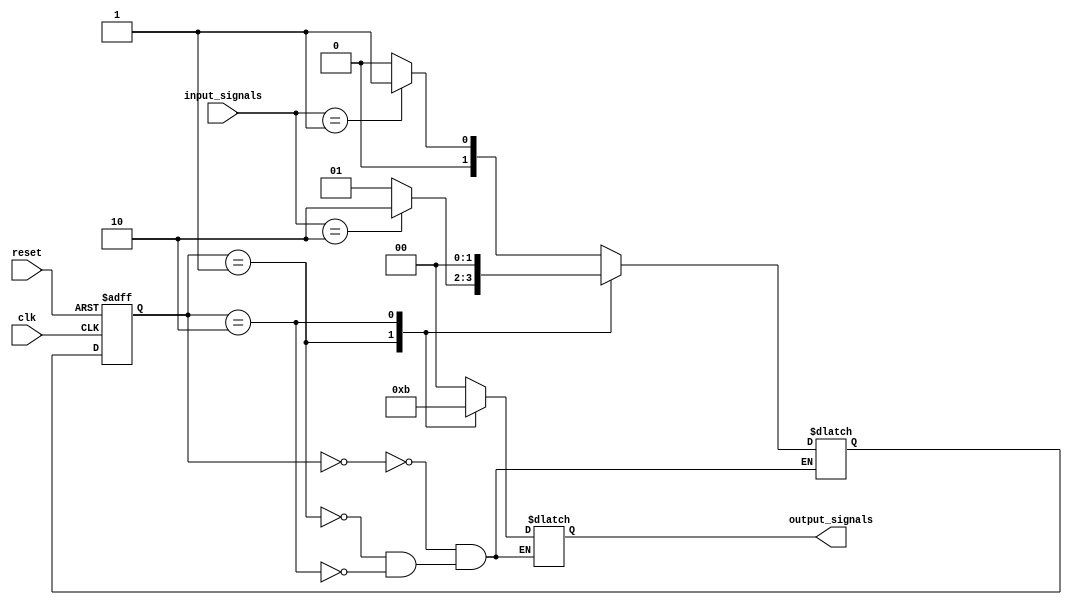
module hierarchical_fsm(
    input wire clk,
    input wire reset,
    input wire [1:0] input_signals,
    output wire [1:0] output_signals
);

// Define states
parameter STATE_A = 2'b00;
parameter STATE_B = 2'b01;
parameter STATE_C = 2'b10;

// Define state registers
reg [1:0] current_state;
reg [1:0] next_state;

// Define output register
reg [1:0] output_reg;

// State logic
always @(posedge clk or posedge reset) begin
    if (reset) begin
        current_state <= STATE_A;
    end else begin
        current_state <= next_state;
    end
end

// Output logic
always @(current_state, input_signals) begin
    case (current_state)
        STATE_A: begin
            // Logic for state A
            output_reg = 2'b00;
            if (input_signals == 2'b01) begin
                next_state = STATE_B;
            end else begin
                next_state = STATE_A;
            end
        end
        STATE_B: begin
            // Logic for state B
            output_reg = 2'b10;
            if (input_signals == 2'b10) begin
                next_state = STATE_C;
            end else begin
                next_state = STATE_B;
            end
        end
        STATE_C: begin
            // Logic for state C
            output_reg = 2'b11;
            next_state = STATE_A;
        end
    endcase
end

// Assign output_signals
assign output_signals = output_reg;

endmodule